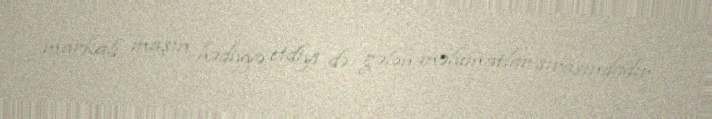
markalı maşın hədiyyə etdiyi də gələn məlumatlar sırasındadır.